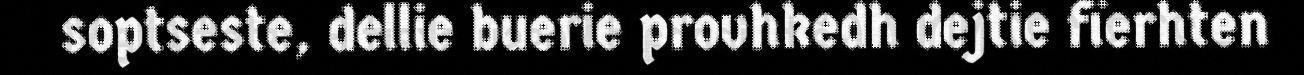
soptseste, dellie buerie provhkedh dejtie fïerhten